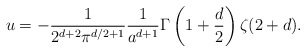
\begin{align*}u=-{1\over2^{d+2}\pi^{d/2+1}}{1\over a^{d+1}}\Gamma\left(1+{d\over2}\right)\zeta(2+d).\end{align*}